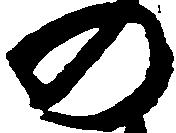
の